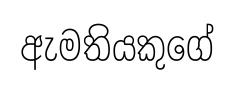
ඇමතියකුගේ